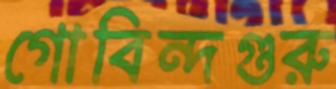
গোবিন্দগুরু